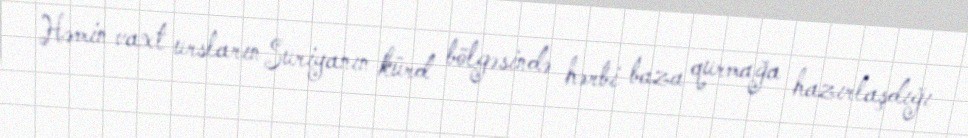
Həmin vaxt ursların Suriyanın kürd bölgəsində hərbi baza qurmağa hazırlaşdığı